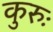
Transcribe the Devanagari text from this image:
कुरुः